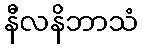
နီလနိဘာသံ